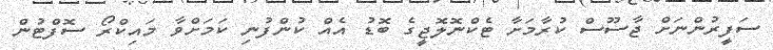
ސަފީރުންނަށް ޖާސޫސް ކުރާމަށާ ޓެކްނޮލޮޖީގެ ބޮޑު އެއް ކުންފުނި ކަމަށްވާ މައިކްރޯ ސޮފްޓުން